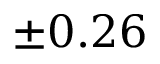
\pm 0 . 2 6